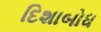
દિશાબોધ